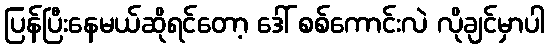
ပြန်ပြီးနေမယ်ဆိုရင်တော့ ဒေါ် စစ်ကောင်းလဲ လိုချင်မှာပါ